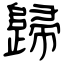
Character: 歸